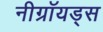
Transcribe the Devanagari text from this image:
नीग्रॉयड्स